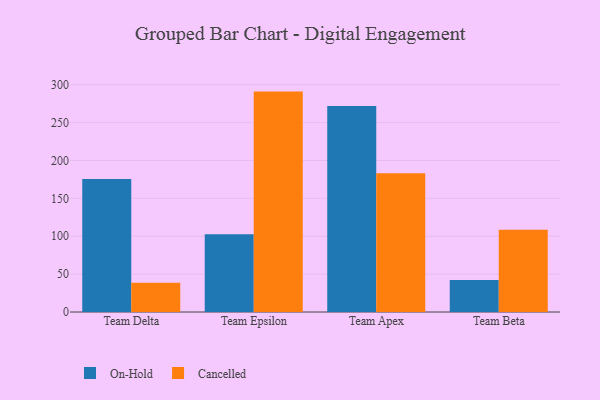
{"axis": {"x": "Team", "y": "LTV (USD)"}, "legend": ["Cancelled", "On-Hold"], "data": [{"x": "Team Delta", "y": 175.5, "type": "On-Hold"}, {"x": "Team Delta", "y": 38.7, "type": "Cancelled"}, {"x": "Team Epsilon", "y": 102.6, "type": "On-Hold"}, {"x": "Team Epsilon", "y": 290.9, "type": "Cancelled"}, {"x": "Team Apex", "y": 271.9, "type": "On-Hold"}, {"x": "Team Apex", "y": 183.1, "type": "Cancelled"}, {"x": "Team Beta", "y": 42.4, "type": "On-Hold"}, {"x": "Team Beta", "y": 108.7, "type": "Cancelled"}]}